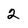
Character: 2